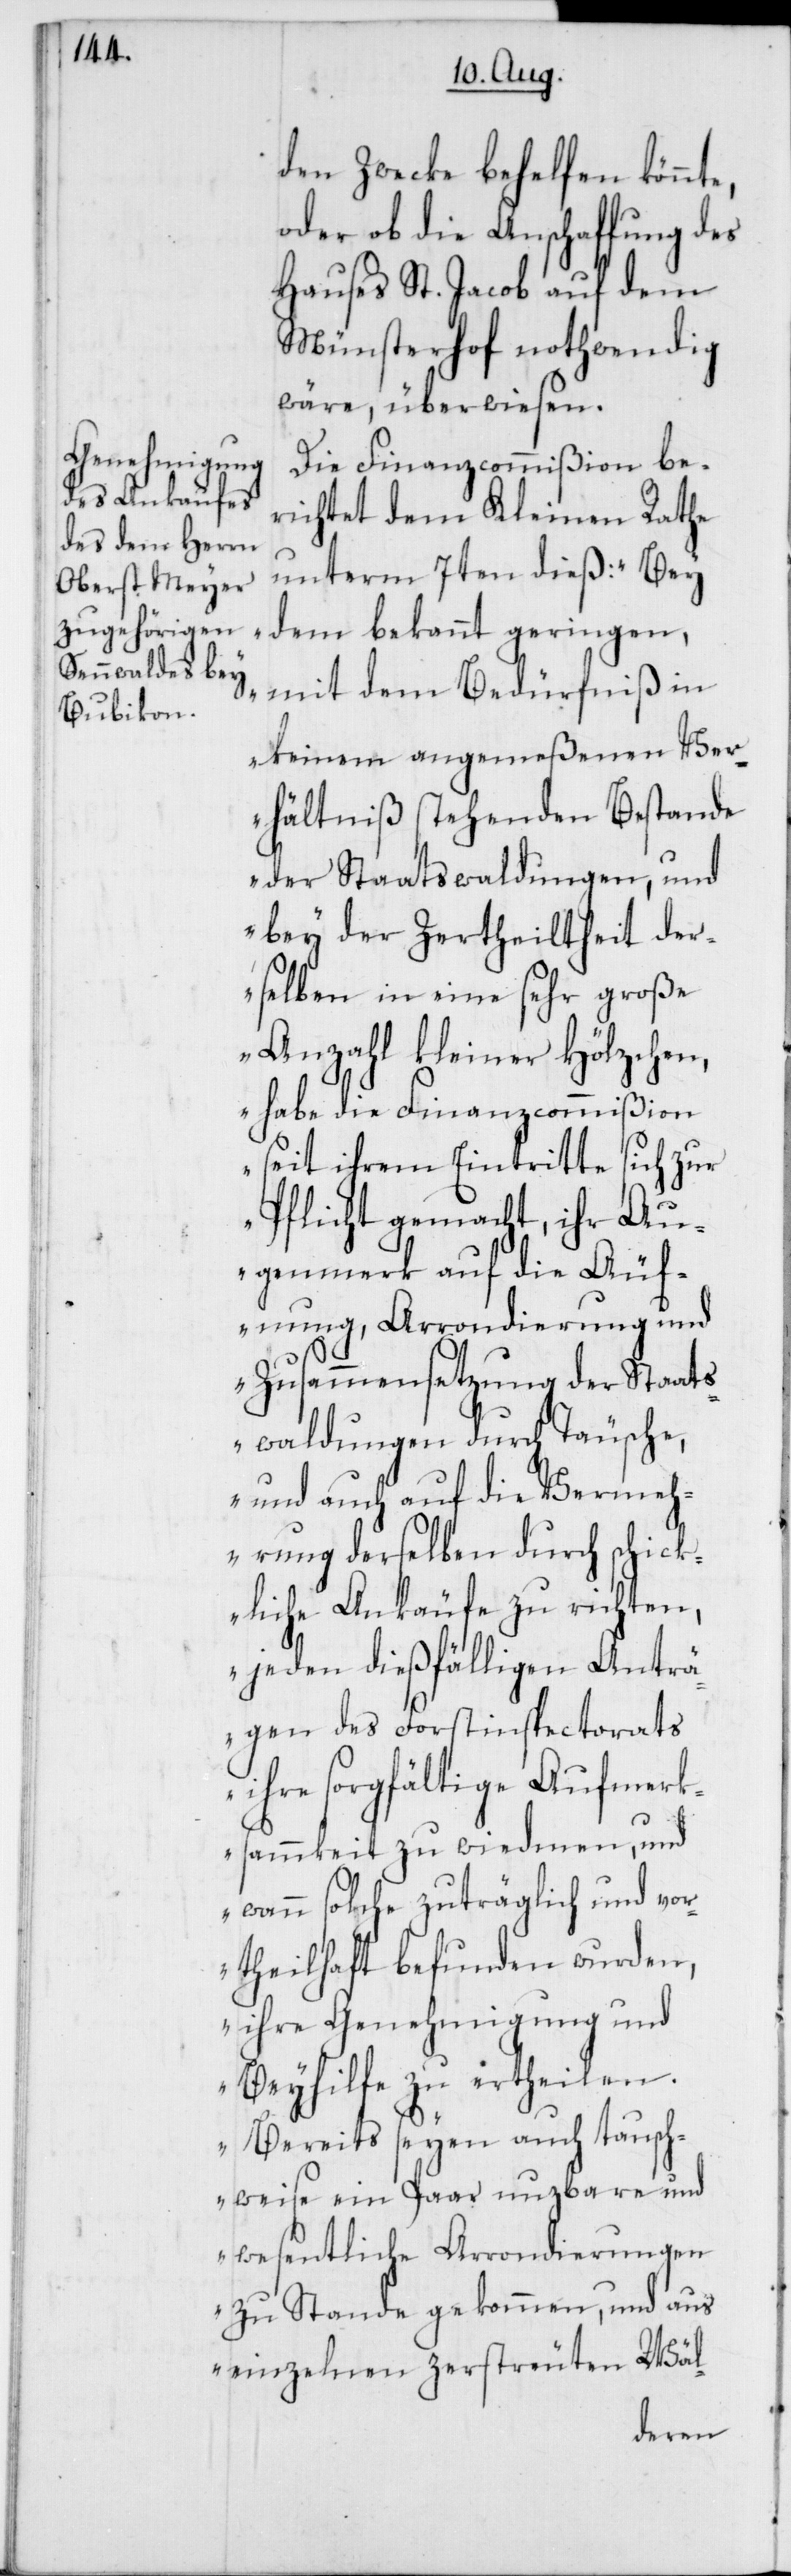
den Zwecke behelfen könnte,
oder ob die Anschaffung des
Hauses St. Jacob auf dem
Münsterhof nothwendig
wäre, überwiesen.
Die Finanzcommißion be¬
richtet dem Kleinen Rathe
unterm 7ten dieß: „Bey
dem bekannt geringen,
mit dem Bedürfniß in
keinem angemeßenen Ver¬
hältniß stehenden Bestande
der Staatswaldungen, und
bey der Zertheiltheit der¬
selben in eine sehr große
Anzahl kleiner Hölzchen,
habe die Finanzcommißion
seit ihrem Eintritte sich zur
Pflicht gemacht, ihr Au¬
genmerk auf die Äuf¬
nung, Arrondierung und
Zusammensetzung der Staats¬
waldungen durch Täusche,
und auch die Vermeh¬
rung derselben durch schick¬
liche Ankäufe zu richten,
jeden dießfälligen Anträ¬
gen des Forstinspectorats
ihre sorgfältige Aufmerk¬
samkeit zu widmen, und
wann solche zuträglich und vor¬
theilhaft befunden wurden,
ihre Genehmigung und
Beyhilfe zu ertheilen.
Bereits seyen auch tausch¬
weise ein Paar nutzbare und
wesentliche Arrondierungen
zu Stande gekommen, und aus
einzelnen zerstreuten Wäl-